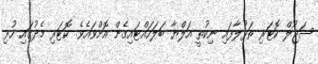
ސަޖޫލް ކޮޓަރި ތަޅުލާފައި ނިކުތީ އަލްޔާ ބަލަހައްޓައިގެން އޮށްވައެވެ. ކޮޓަރި މެދުގައި ހުރި